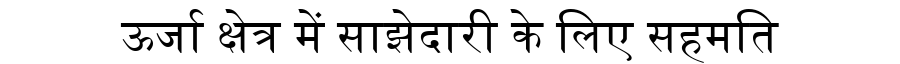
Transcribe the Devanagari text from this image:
ऊर्जा क्षेत्र में साझेदारी के लिए सहमति